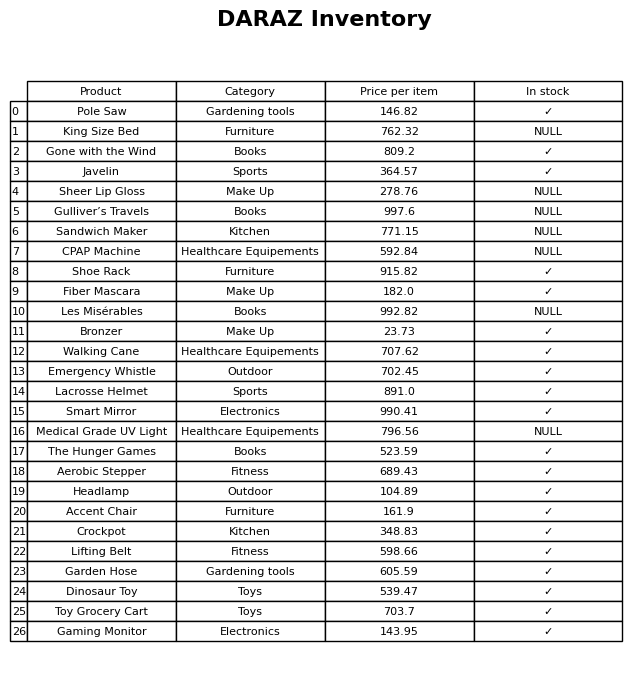
question: What is the price of the Toy Grocery Cart?
answer: The price of Toy Grocery Cart is 703.7.